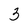
Character: 3